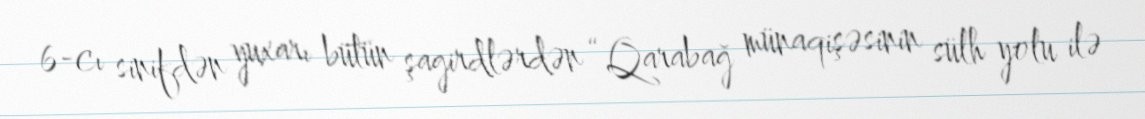
6-cı sinifdən yuxarı bütün şagirdlərdən “Qarabağ münaqişəsinin sülh yolu ilə